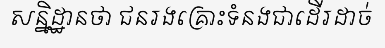
សន្និដ្ឋានថា ជនរងគ្រោះទំនងជាដើរដាច់